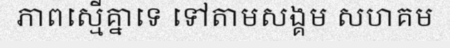
ភាពស្មើគ្នាទេ ទៅតាមសង្គម សហគម